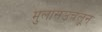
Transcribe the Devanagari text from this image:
मुलांसउचलून